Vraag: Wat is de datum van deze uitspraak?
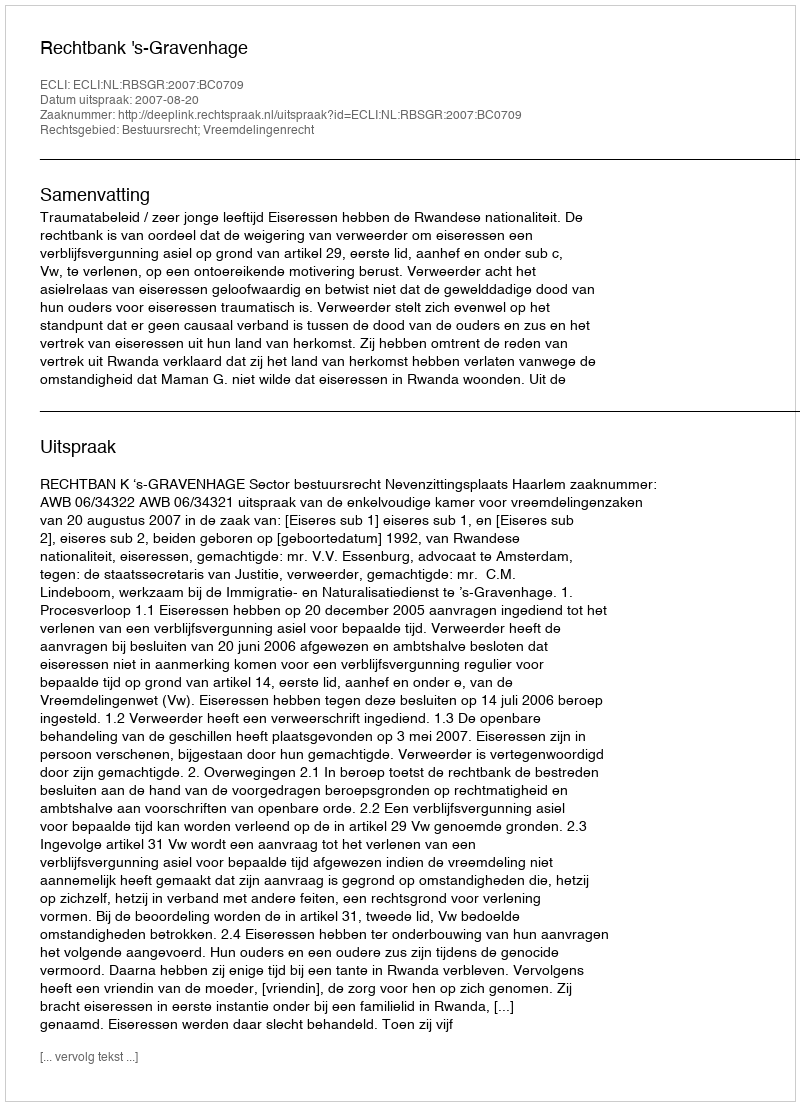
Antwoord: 2007-08-20